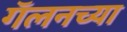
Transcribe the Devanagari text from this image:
गॅलनच्या